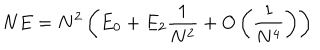
N E = N ^ { 2 } \left( E _ { 0 } + E _ { 2 } \frac { 1 } { N ^ { 2 } } + O \left( \frac { 1 } { N ^ { 4 } } \right) \right)